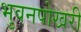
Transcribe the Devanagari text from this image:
भुवनपोखरी